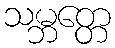
သမ္ဘတ္တေ